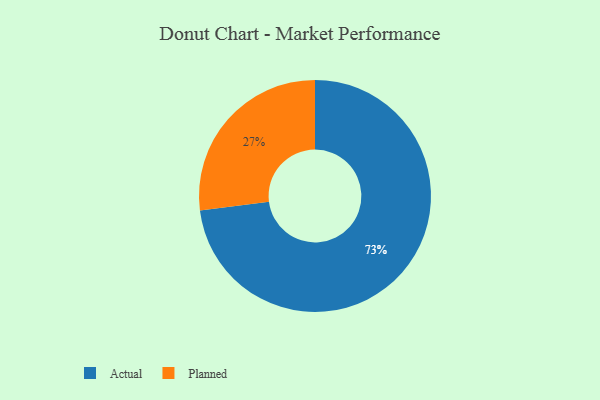
{"axis": {"x": "Category", "y": "Percentage"}, "legend": ["Actual", "Planned"], "data": [{"x": "Planned", "y": 27, "type": "Planned"}, {"x": "Actual", "y": 73, "type": "Actual"}]}